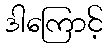
ဒါကြောင့်